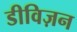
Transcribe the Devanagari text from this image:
डीविज़न